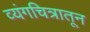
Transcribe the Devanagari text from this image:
व्यंगचित्रातून